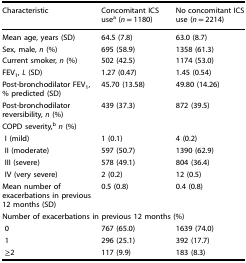
<table><thead><tr><td><b>Characteristic</b></td><td><b>Concomitant ICS use<sup>a</sup> (<i>n</i> = 1180)</b></td><td><b>No concomitant ICS use (<i>n</i> = 2214)</b></td></tr></thead><tbody><tr><td>Mean age, years (SD)</td><td>64.5 (7.8)</td><td>63.0 (8.7)</td></tr><tr><td>Sex, male, <i>n</i> (%)</td><td>695 (58.9)</td><td>1358 (61.3)</td></tr><tr><td>Current smoker, <i>n</i> (%)</td><td>502 (42.5)</td><td>1174 (53.0)</td></tr><tr><td>FEV<sub>1</sub>, <i>L</i> (SD)</td><td>1.27 (0.47)</td><td>1.45 (0.54)</td></tr><tr><td>Post-bronchodilator FEV<sub>1</sub>, % predicted (SD)</td><td>45.70 (13.58)</td><td>49.80 (14.26)</td></tr><tr><td>Post-bronchodilator reversibility, <i>n</i> (%)</td><td>439 (37.3)</td><td>872 (39.5)</td></tr><tr><td colspan="3">COPD severity,<sup>b</sup><i>n</i> (%)</td></tr><tr><td> I (mild)</td><td>1 (0.1)</td><td>4 (0.2)</td></tr><tr><td> II (moderate)</td><td>597 (50.7)</td><td>1390 (62.9)</td></tr><tr><td> III (severe)</td><td>578 (49.1)</td><td>804 (36.4)</td></tr><tr><td> IV (very severe)</td><td>2 (0.2)</td><td>12 (0.5)</td></tr><tr><td>Mean number of exacerbations in previous 12 months (SD)</td><td>0.5 (0.8)</td><td>0.4 (0.8)</td></tr><tr><td colspan="3">Number of exacerbations in previous 12 months (%)</td></tr><tr><td> 0</td><td>767 (65.0)</td><td>1639 (74.0)</td></tr><tr><td> 1</td><td>296 (25.1)</td><td>392 (17.7)</td></tr><tr><td> ≥2</td><td>117 (9.9)</td><td>183 (8.3)</td></tr></tbody></table>